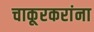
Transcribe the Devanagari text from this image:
चाकूरकरांना